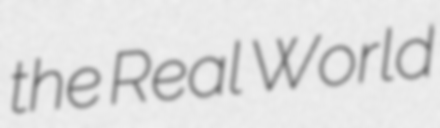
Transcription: the Real World